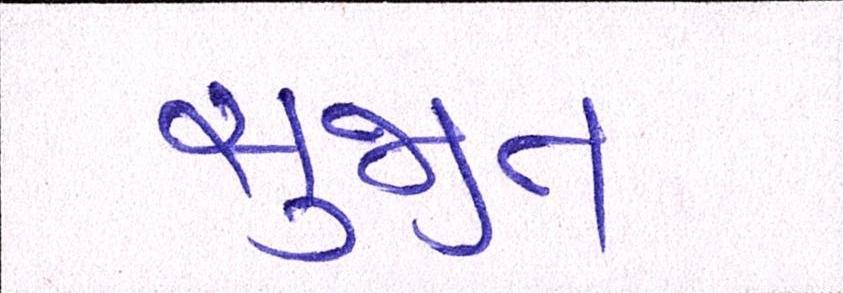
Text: સુજીત